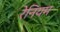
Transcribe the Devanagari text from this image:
रेनियम